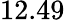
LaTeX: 12.49